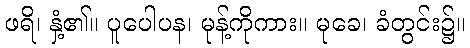
ဖရိ၊ နှံ့၏။ ပူပေါပန၊ မုန့်ကိုကား။ မုခေ၊ ခံတွင်း၌။